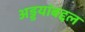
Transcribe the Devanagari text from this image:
अड्डयांबद्दल